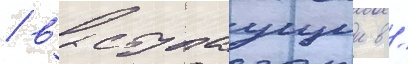
/ выступаущии в /